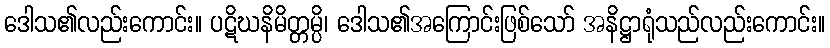
ဒေါသ၏လည်းကောင်း။ ပဋိဃနိမိတ္တမ္ပိ၊ ဒေါသ၏အကြောင်းဖြစ်သော် အနိဋ္ဌာရုံသည်လည်းကောင်း။